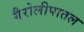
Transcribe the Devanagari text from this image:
गैरोलीपातल